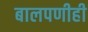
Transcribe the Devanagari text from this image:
बालपणीही